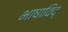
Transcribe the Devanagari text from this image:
भाषाविद्‍